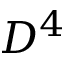
D ^ { 4 }